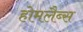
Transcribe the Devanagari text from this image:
होमलैब्स